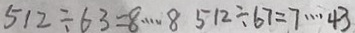
5 1 2 \div 6 3 = 8 \cdots 8 5 1 2 \div 6 7 = 7 \cdots 4 3